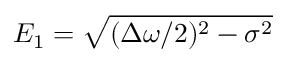
E _ { 1 } = \sqrt { ( \Delta \omega / 2 ) ^ { 2 } - \sigma ^ { 2 } }